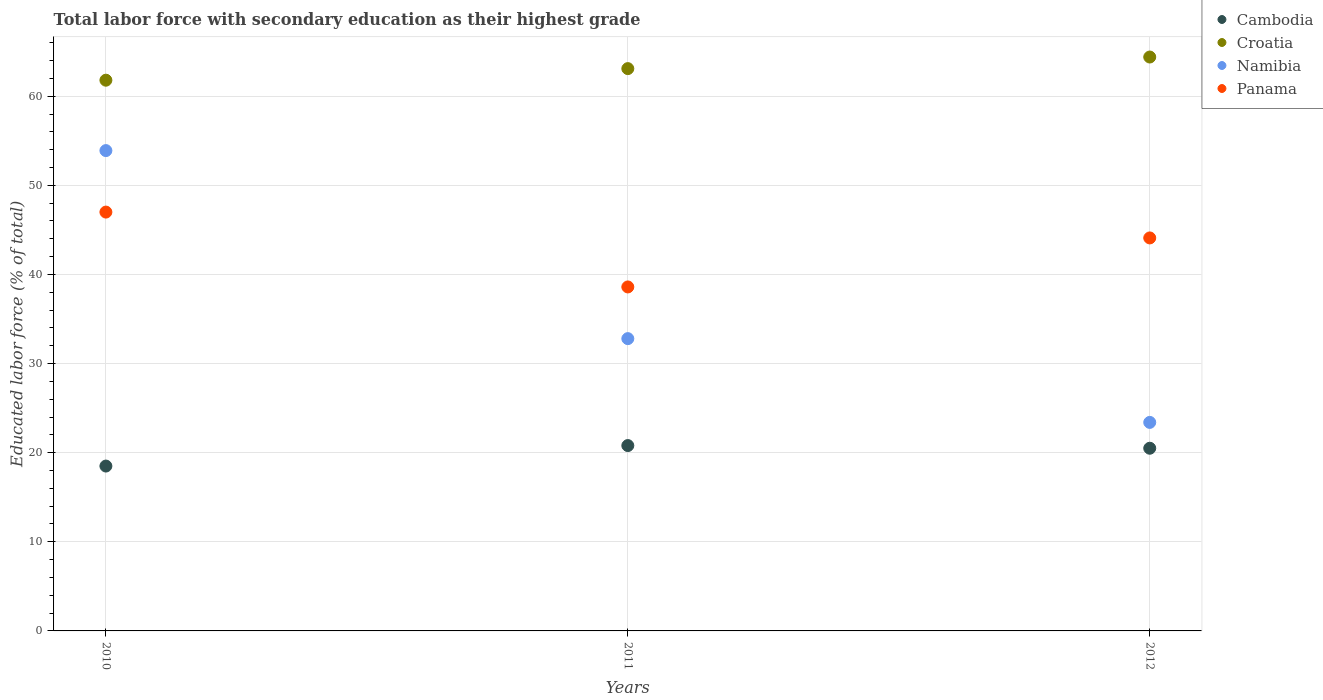
| Years | Cambodia | Croatia | Namibia | Panama |
 | --- | --- | --- | --- | --- |
 | 2010 | 18.5 | 61.8 | 53.9 | 47 |
 | 2011 | 20.8 | 63.1 | 32.8 | 38.6 |
 | 2012 | 20.5 | 64.4 | 23.4 | 44.1 |